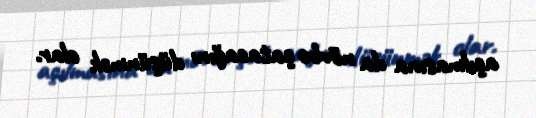
açılmasına da növbə çatacağını düşünmək olar.